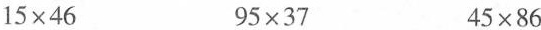
$$1 5 \times 4 6$$ $$9 5 \times 3 7$$ $$4 5 \times 8 6$$